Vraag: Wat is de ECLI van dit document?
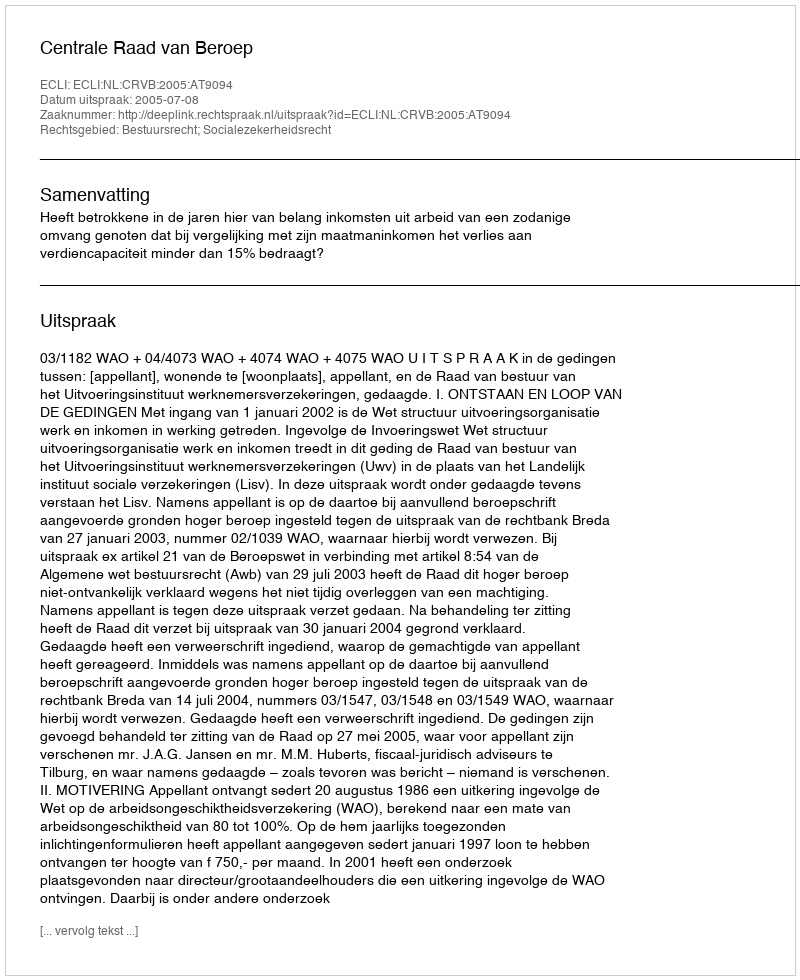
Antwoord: ECLI:NL:CRVB:2005:AT9094